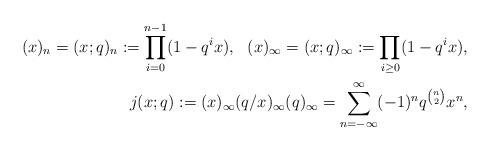
LaTeX: \begin{align*}(x)_n=(x;q)_n:=\prod_{i=0}^{n-1}(1-q^ix), \ \ (x)_{\infty}=(x;q)_{\infty}:=\prod_{i\ge 0}(1-q^ix), \\{} \ \ j(x;q):=(x)_{\infty}(q/x)_{\infty}(q)_{\infty}=\sum_{n=-\infty}^{\infty}(-1)^nq^{\binom{n}{2}}x^n,\end{align*}